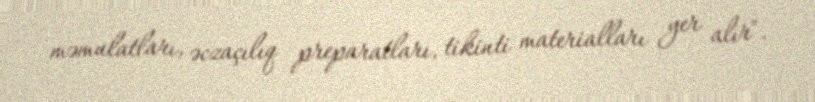
məmulatları, əczaçılıq preparatları, tikinti materialları yer alır".